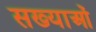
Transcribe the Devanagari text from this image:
सख्याओं